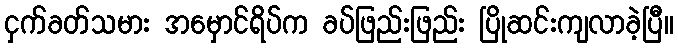
ငှက်ခတ်သမား အမှောင်ရိပ်က ခပ်ဖြည်းဖြည်း ပြိုဆင်းကျလာခဲ့ပြီ။